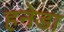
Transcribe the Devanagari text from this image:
हनेडा